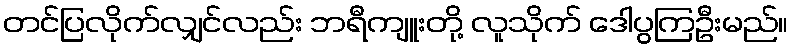
တင်ပြလိုက်လျှင်လည်း ဘရီကျူးတို့ လူသိုက် ဒေါပွကြဦးမည်။